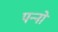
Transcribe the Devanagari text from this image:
पन्‍नों